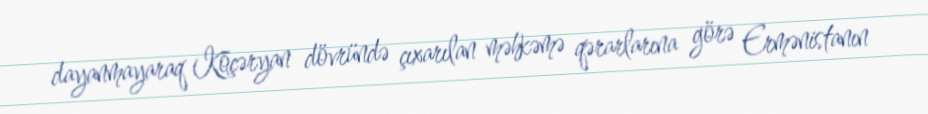
dayanmayaraq Köçəryan dövründə çıxarılan məhkəmə qərarlarına görə Ermənistanın